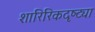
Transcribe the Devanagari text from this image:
शारिरिकदृष्ट्या